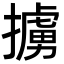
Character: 擄